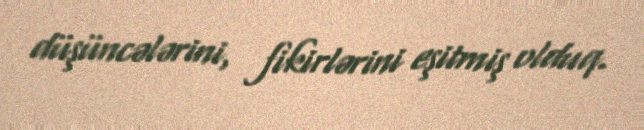
düşüncələrini, fikirlərini eşitmiş olduq.